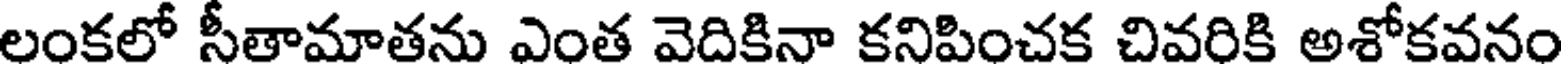
లంకలో సీతామాతను ఎంత వెదికినా కనిపించక చివరికి అశోకవనం